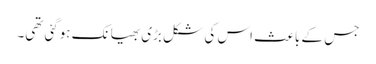
جس کے باعث اس کی شکل بڑی بھیانک ہوگئی تھی۔